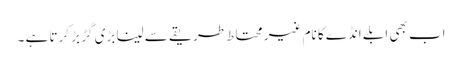
اب بھی ابلے انڈے کا نام غیر محتاط طریقے سے لینا بڑی گڑ بڑ کرتا ہے ۔